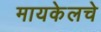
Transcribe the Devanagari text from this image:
मायकेलचे